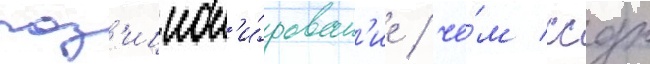
поз'ицион'и́рован'ие / че́м ссдк